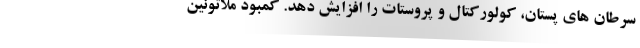
سرطان های پستان، کولورکتال و پروستات را افزایش دهد. کمبود ملاتونین